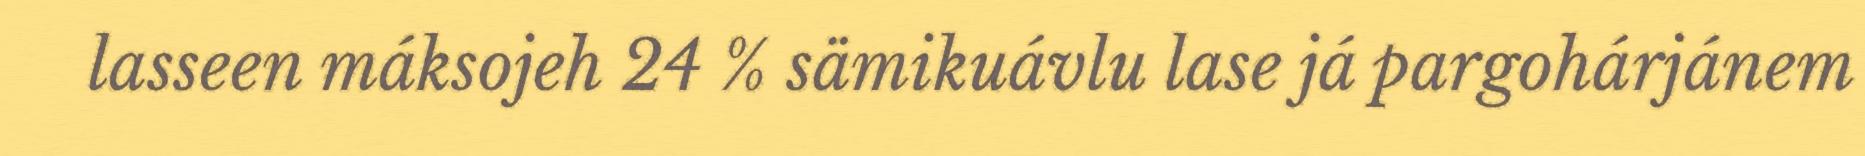
lasseen máksojeh 24 % sämikuávlu lase já pargohárjánem